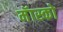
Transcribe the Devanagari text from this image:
मॅास्को